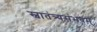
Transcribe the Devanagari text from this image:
स्वातंत्र्यसंभवम्